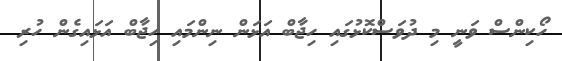
ހޯކިންސް ވަނީ މި ދުވަސްކޮޅުގައި ހިޖާބް އަޅަން ނިންމައި ހިޖާބް އަޅައިގެން ހުރި